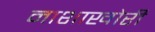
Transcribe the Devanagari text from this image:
नाशाखोरी